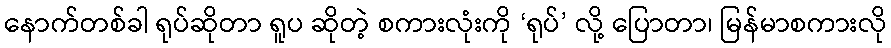
နောက်တစ်ခါ ရုပ်ဆိုတာ ရူပ ဆိုတဲ့ စကားလုံးကို ‘ရုပ်’ လို့ ပြောတာ၊ မြန်မာစကားလို